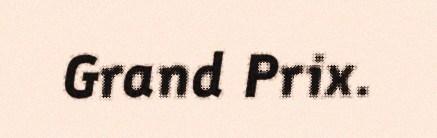
Grand Prix.